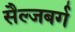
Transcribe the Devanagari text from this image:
सैल्जबर्ग